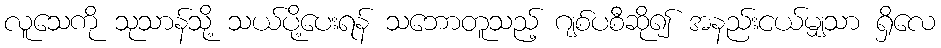
လူသေကို သုသာန်သို့ သယ်ပို့ပေးရန် သဘောတူသည့် ဂျစ်ပစီဆို၍ အနည်းငယ်မျှသာ ရှိလေ